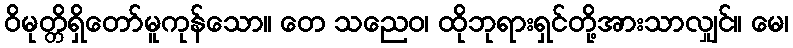
ဝိမုတ္တိရှိတော်မူကုန်သော။ တေ သညေဝ၊ ထိုဘုရားရှင်တို့အားသာလျှင်။ မေ၊